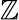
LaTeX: \boldsymbol{\mathbb{Z}}